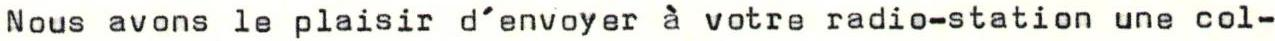
Nous avons le plaisir d'envoyer à votre radio-station une col-